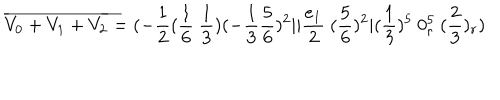
LaTeX: { \overline { { { V _ { 0 } + V _ { 1 } + V _ { 2 } } } } } = ( - { \frac { 1 } { 2 } } ( { \frac { 1 } { 6 } } ~ { \frac { 1 } { 3 } } ) ( - { \frac { 1 } { 3 } } { \frac { 5 } { 6 } } ) ^ { 2 } \vert \vert { \frac { e _ { 1 } } { 2 } } ~ ( { \frac { 5 } { 6 } } ) ^ { 2 } \vert ( { \frac { 1 } { 3 } } ) ^ { 5 } ~ 0 _ { r } ^ { 5 } ~ ( { \frac { 2 } { 3 } } ) _ { r } ) \,